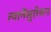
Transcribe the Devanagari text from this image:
त्यानेंसुरोचन